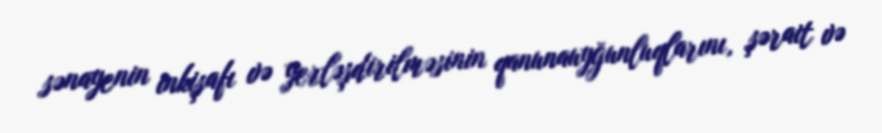
sənayenin inkişafı və yerləşdirilməsinin qanunauyğunluqlarını, şərait və